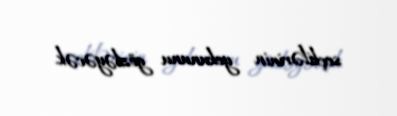
seçkilərinin yekununu gözləyəcək.